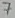
Text: 7